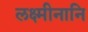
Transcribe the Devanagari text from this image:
लक्ष्मीनानि